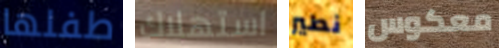
طفلها استهلاك نطير معكوس